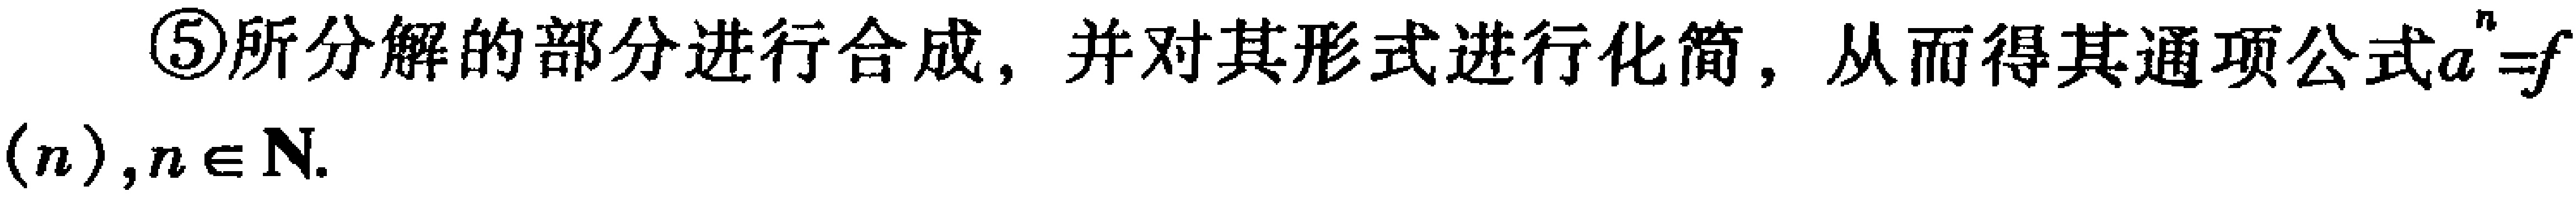
\textcircled{5}所分解的部分进行合成，并对其形式进行化简，从而得其通项公式\(a^{n}=f(n),n\in \mathbf{N}\).